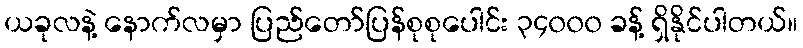
ယခုလနဲ့ နောက်လမှာ ပြည်တော်ပြန်စုစုပေါင်း ၃၄၀၀၀ ခန့် ရှိနိုင်ပါတယ်။